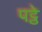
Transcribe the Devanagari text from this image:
पट्ठे